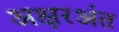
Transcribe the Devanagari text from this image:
अक्षरअंत